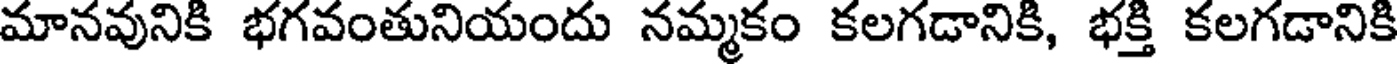
మానవునికి భగవంతునియందు నమ్మకం కలగడానికి, భక్తి కలగడానికి